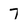
Character: 7